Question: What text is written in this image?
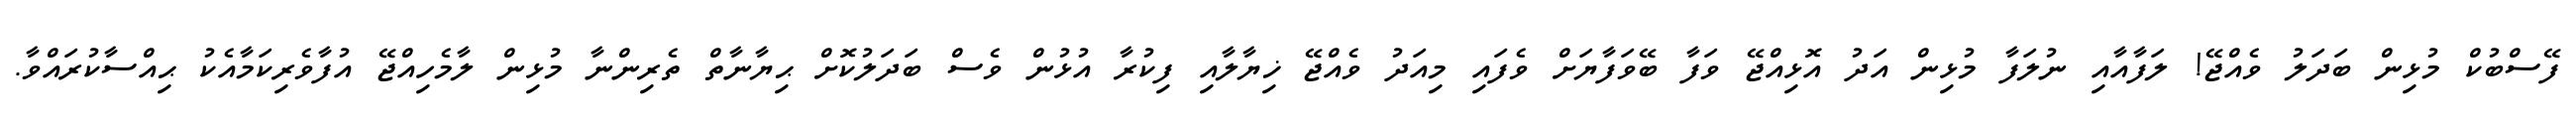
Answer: ފޭސްބުކް މުޅިން ބަދަލު ވެއްޖޭ! ލަފާއާއި ނުލަފާ މުޅިން އަދު އޮޅިއްޖޭ ވަފާ ބޭވަފާޔަށް ވެފައި މިއަދު ވެއްޖޭ ޚިޔާލާއި ފިކުރާ އުޅުން ވެސް ބަދަލުކޮށް ޙިޔާނާތް ތެރިންނާ މުޅިން ލާމެހިއްޖޭ އުފާވެރިކަމާއެކު ޙިއްސާކުރައްވާ.